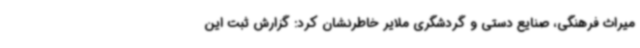
میراث فرهنگی، صنایع دستی و گردشگری ملایر خاطرنشان کرد: گزارش ثبت این